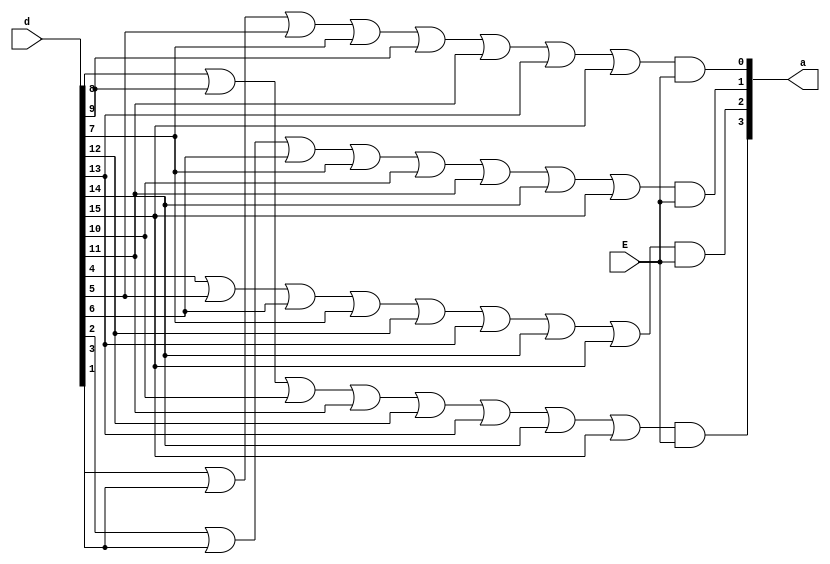
//Samyak Jain
//16CO254
//16X4 Encoder
//14 Oct 2017

module encoder(a,d,E);
output [3:0]a;
input [15:0]d;
input E;
wire t1,t2,t3,t4;
  or(t1,d[8],d[9],d[10],d[11],d[12],d[13],d[14],d[15]),
    (t2,d[4],d[5],d[6],d[7],d[12],d[13],d[14],d[15]),
    (t3,d[2],d[3],d[6],d[7],d[10],d[11],d[14],d[15]),
    (t4,d[1],d[3],d[5],d[7],d[9],d[11],d[13],d[15]);
 and(a[3],t1,E),
    (a[2],t2,E),
    (a[1],t3,E),
    (a[0],t4,E);
    
endmodule